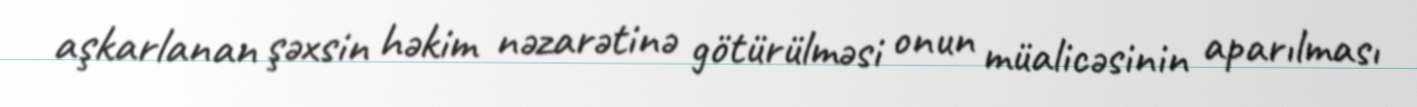
aşkarlanan şəxsin həkim nəzarətinə götürülməsi onun müalicəsinin aparılması